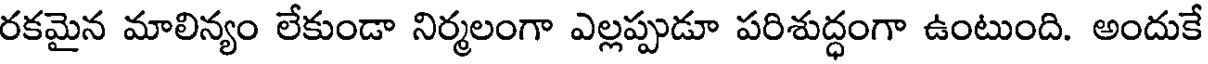
రకమైన మాలిన్యం లేకుండా నిర్మలంగా ఎల్లప్పుడూ పరిశుద్ధంగా ఉంటుంది. అందుకే